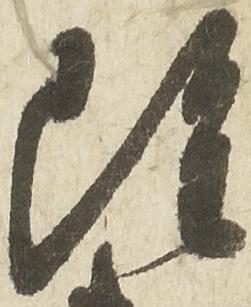
雖